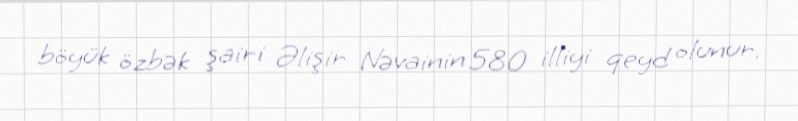
böyük özbək şairi Əlişir Nəvainin 580 illiyi qeyd olunur.